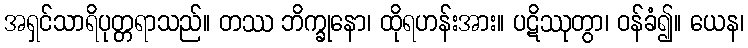
အရှင်သာရိပုတ္တရာသည်။ တဿ ဘိက္ခုနော၊ ထိုရဟန်းအား။ ပဋိဿုတွာ၊ ဝန်ခံ၍။ ယေန၊